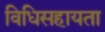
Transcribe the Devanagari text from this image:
विधिसहायता